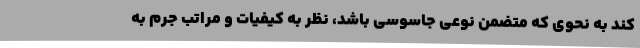
کند به نحوی که متضمن نوعی جاسوسی باشد، نظر به کیفیات و مراتب جرم به